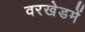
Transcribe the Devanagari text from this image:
वरखेडमें